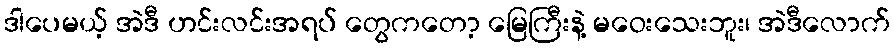
ဒါပေမယ့် အဲဒီ ဟင်းလင်းအရပ် တွေကတော့ မြေကြီးနဲ့ မဝေးသေးဘူး၊ အဲဒီလောက်